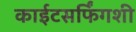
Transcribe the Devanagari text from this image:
काईटसर्फिंगशी